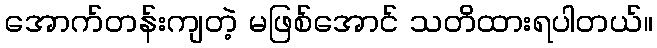
အောက်တန်းကျတဲ့ မဖြစ်အောင် သတိထားရပါတယ်။